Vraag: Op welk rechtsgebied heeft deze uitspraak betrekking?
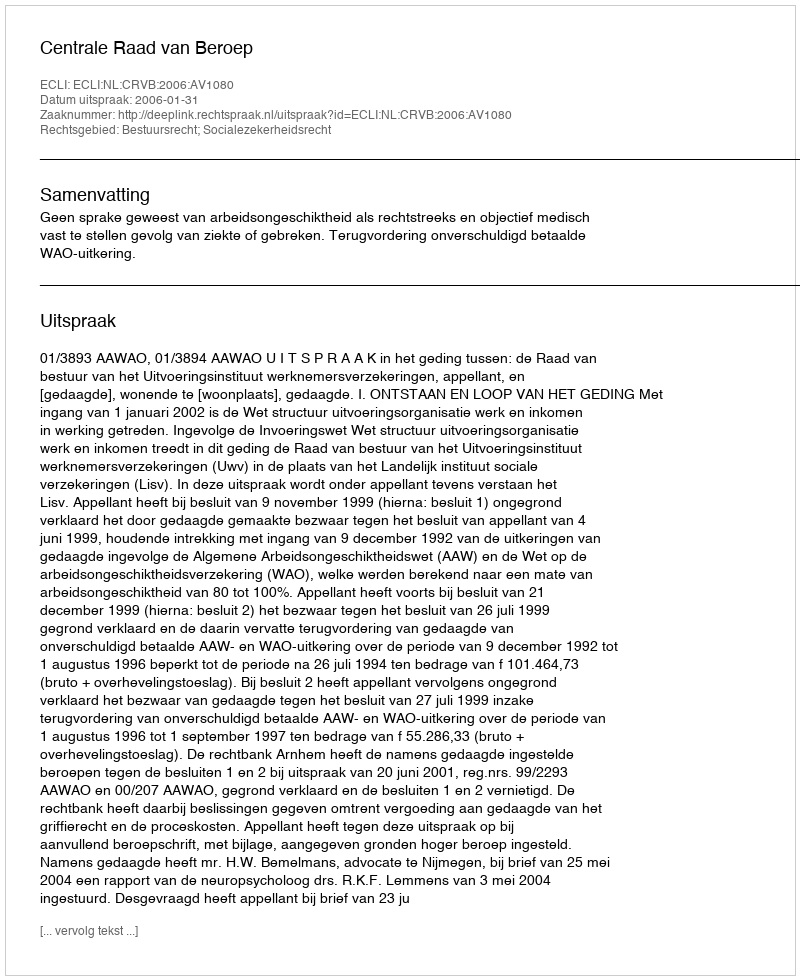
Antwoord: Bestuursrecht; Socialezekerheidsrecht